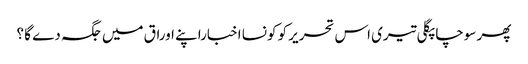
پھر سوچا پگلی تیری اس تحریر کو کونسا اخباراپنے اوراق میں جگہ دے گا ؟